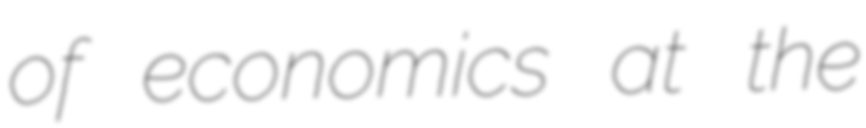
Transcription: of economics at the